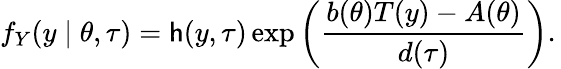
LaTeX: f_{Y}(y\mid\theta,\tau)=\mathsf{h}(y,\tau)\exp\left({\frac{{b(\theta)T(y)-A(\theta)}}{{d(\tau)}}}\right).\,